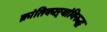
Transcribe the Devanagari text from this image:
क्रांतिकाऱ्यांविरुद्ध